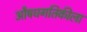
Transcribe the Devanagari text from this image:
औषधगतिकीला